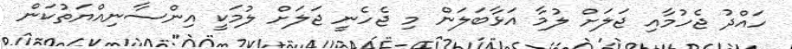
ހައްދު ޖެހުމާއި ޖަލަށް ލުމާ އަޅާބަލަން މި ޖެހެނީ ޖަލަށް ލުމަކީ އިންސާނިއްޔަތުކަން